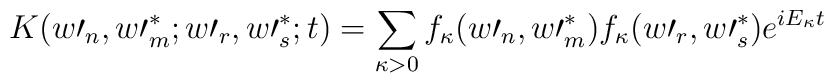
K(w\prime_{n},w\prime_{m}^{\ast};w\prime_{r},w\prime_{s}^{\ast};t)=\sum_{\kappa>0}f_{\kappa}(w\prime_{n},w\prime_{m}^{\ast})f_{\kappa}(w\prime_{r},w\prime_{s}^{\ast})e^{iE_{\kappa}t}